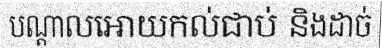
បណ្តាលអោយកល់ជាប់ និងដាច់